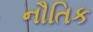
નૌતિક